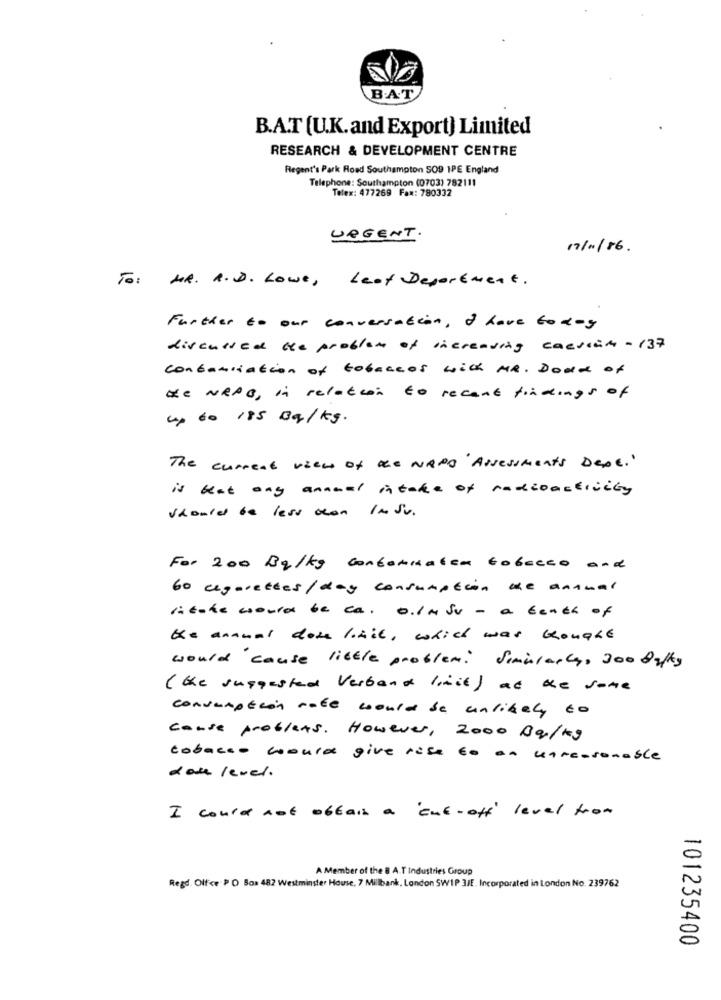
B.A.T
B.A.T (U.K.and Export) Limited
RESEARCH & DEVELOPMENT CENTRE
Regent's Park Road Southampton SO9 1PE England
Telephone: Southampton (0703) 782111
Telex: 477269 Fax: 780332
URGENT.
17/11/86.
To: MR. R.D. Lowe , Leaf Department .
Further to our conversation, I have to doy
discussed the problem of increasing cassian - 137
contantiation of tobaccos with MR. DoUd of
He NEPO, in relation to recent findings of
up to 185 3g/kg.
The current view of the NAPO Assessments DeDE."
is that any annual intake of radioactivity
should be less con Insu.
For 200 By/kg conformaten tobacco and
60 cigarettes / day consumption de annual
ritate could be ca. o.ImSu - a tenth of
Ke anamal don KAil, which was Hought
would cause little problem. Similarly, 300 0g/kg
(the suggested Verband limit) at the same
consumption rate could be unlikely to
cause problems. However, 2000 Ba/kg
tobacco could give rise to an unreasonable
Lote level.
I could not obtain a cut- off level from
A Member of the 8 A.T Industries Group
Regd. Olfce PO Box 482 Westminster House, 7 Millbank, London SWIP 3/E. Incorporated in London No. 239762
101235400